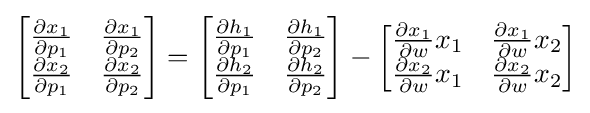
{\begin{bmatrix}{\frac {\partial x_{1}}{\partial p_{1}}}&{\frac {\partial x_{1}}{\partial p_{2}}}\\{\frac {\partial x_{2}}{\partial p_{1}}}&{\frac {\partial x_{2}}{\partial p_{2}}}\\\end{bmatrix}}={\begin{bmatrix}{\frac {\partial h_{1}}{\partial p_{1}}}&{\frac {\partial h_{1}}{\partial p_{2}}}\\{\frac {\partial h_{2}}{\partial p_{1}}}&{\frac {\partial h_{2}}{\partial p_{2}}}\\\end{bmatrix}}-{\begin{bmatrix}{\frac {\partial x_{1}}{\partial w}}x_{1}&{\frac {\partial x_{1}}{\partial w}}x_{2}\\{\frac {\partial x_{2}}{\partial w}}x_{1}&{\frac {\partial x_{2}}{\partial w}}x_{2}\\\end{bmatrix}}